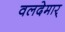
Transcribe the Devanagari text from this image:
वलदेमार्